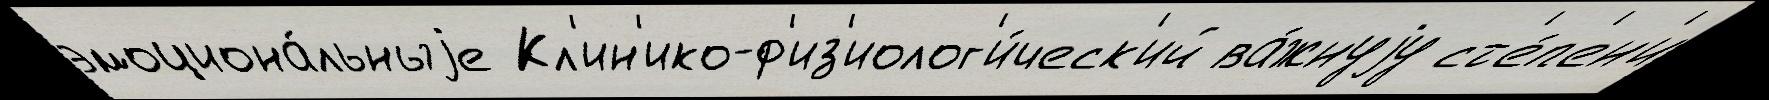
эмоциона́льныjе Кл'ин'ико-ф'из'иолог'и́ческ'ий ва́жнуjу ст'е́п'ен'и